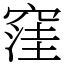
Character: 窪